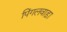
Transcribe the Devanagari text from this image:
पिंगलवाड़ा